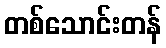
တစ်သောင်းတန်